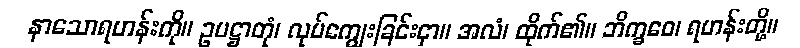
နာသောရဟန်းကို။ ဥပဋ္ဌာတုံ၊ လုပ်ကျွေးခြင်းငှာ။ အလံ၊ ထိုက်၏။ ဘိက္ခဝေ၊ ရဟန်းတို့။